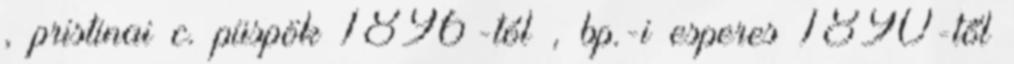
, pristinai c. püspök 1896-tól , bp.-i esperes 1890-től